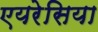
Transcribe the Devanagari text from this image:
एयरेसिया